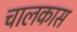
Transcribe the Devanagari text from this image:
चालकास